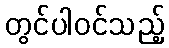
တွင်ပါဝင်သည့်